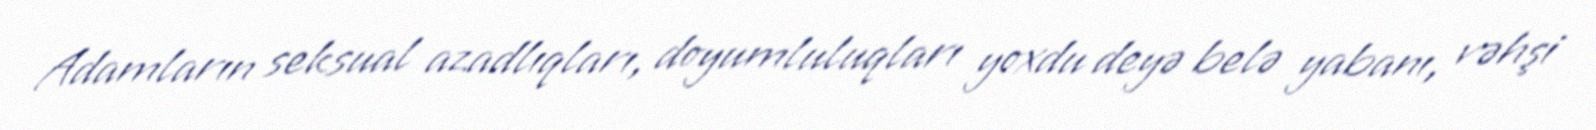
Adamların seksual azadlıqları, doyumluluqları yoxdu deyə belə yabanı, vəhşi